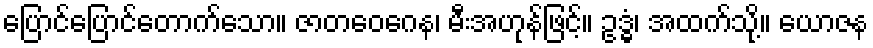
ပြောင်ပြောင်တောက်သော။ ဇာတဝေဂေန၊ မီးအဟုန်ဖြင့်။ ဥဒ္ဓံ၊ အထက်သို့။ ယောဇန